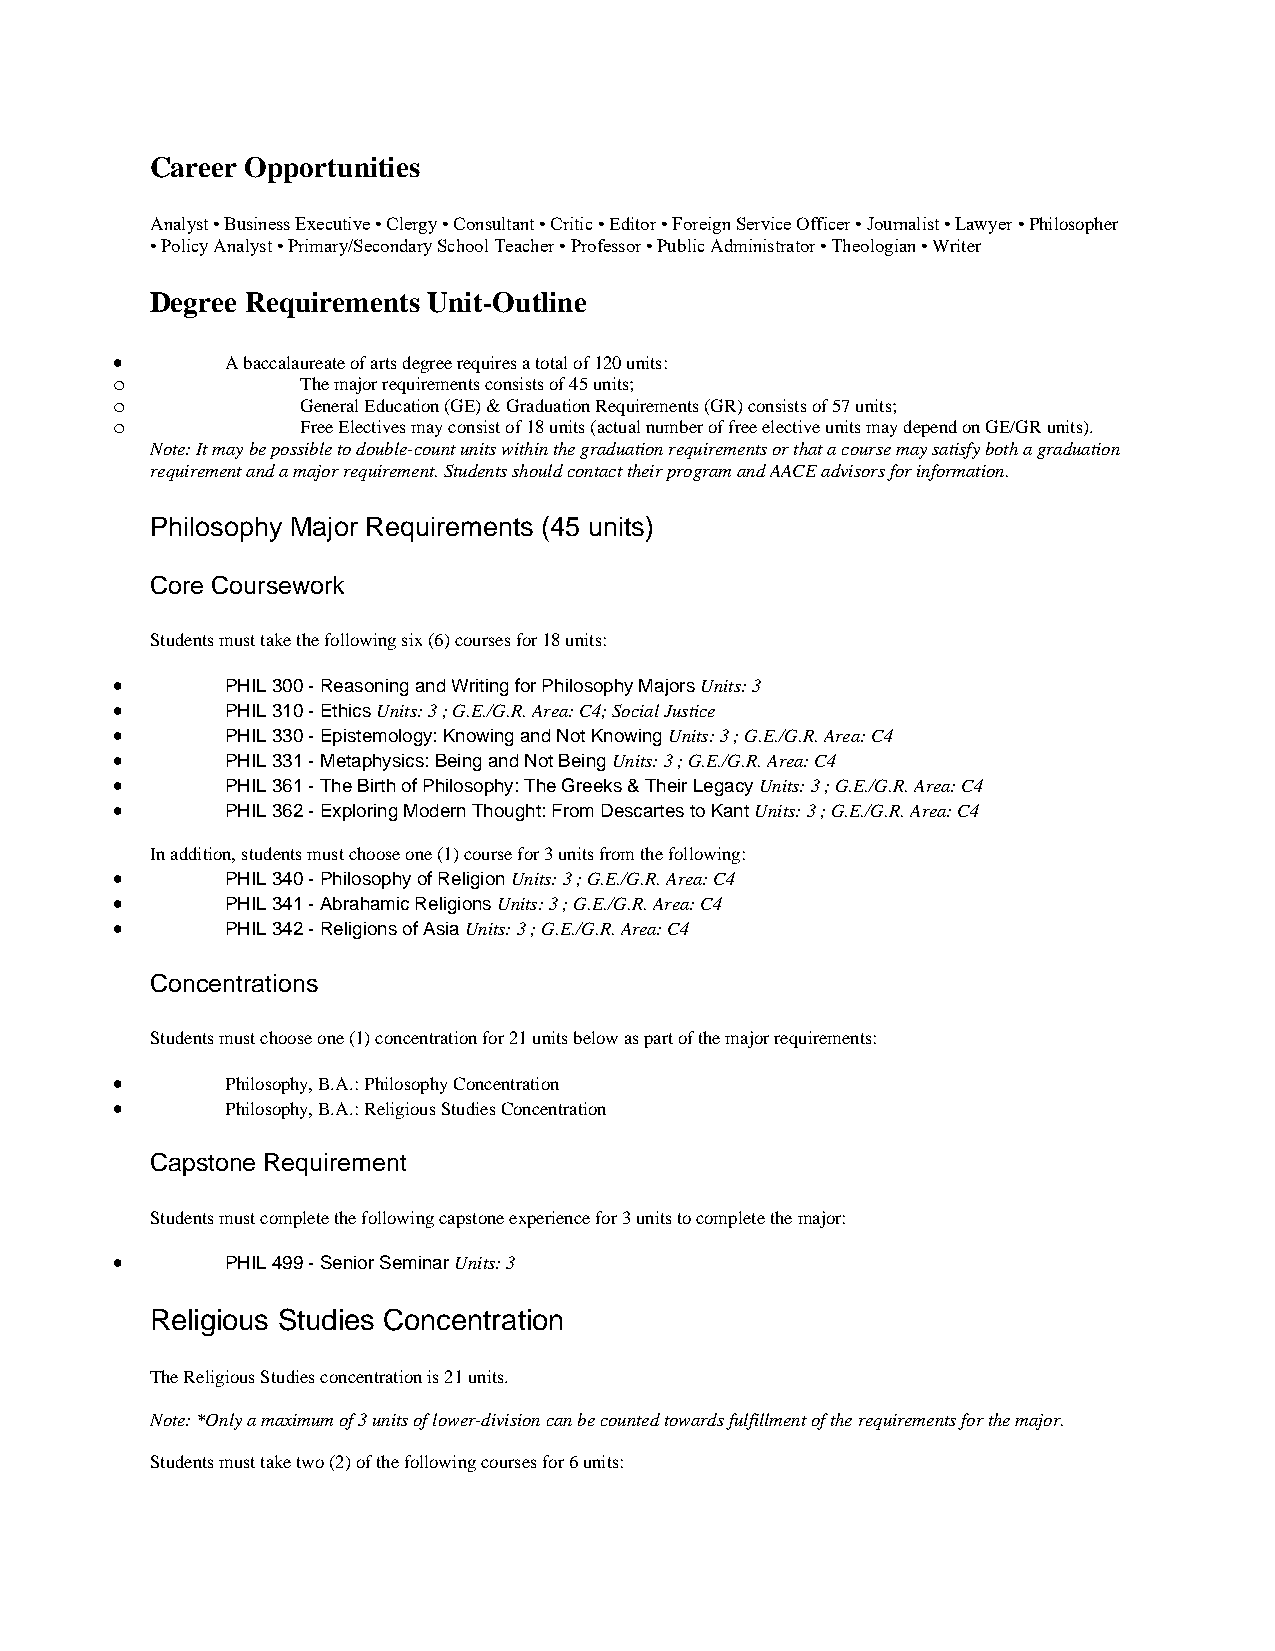
Career Opportunities
 Analyst • Business Executive • Clergy • Consultant • Critic • Editor • Foreign Service Officer • Journalist • Lawyer • Philosopher
 • Policy Analyst • Primary/Secondary School Teacher • Professor • Public Administrator • Theologian • Writer
 Degree Requirements Unit-Outline
 •       A baccalaureate of arts degree requires a total of 120 units:
 o            The major requirements consists of 45 units;
 o            General Education (GE) & Graduation Requirements (GR) consists of 57 units;
 o            Free Electives may consist of 18 units (actual number of free elective units may depend on GE/GR units).
 Note: It may be possible to double-count units within the graduation requirements or that a course may satisfy both a graduation
 requirement and a major requirement. Students should contact their program and AACE advisors for information.
 Philosophy Major Requirements (45 units)
 Core Coursework
 Students must take the following six (6) courses for 18 units:
 •       PHIL 300 - Reasoning and Writing for Philosophy Majors Units: 3
 •       PHIL 310 - Ethics Units: 3 ; G.E./G.R. Area: C4; Social Justice
 •       PHIL 330 - Epistemology: Knowing and Not Knowing Units: 3 ; G.E./G.R. Area: C4
 •       PHIL 331 - Metaphysics: Being and Not Being Units: 3 ; G.E./G.R. Area: C4
 •       PHIL 361 - The Birth of Philosophy: The Greeks & Their Legacy Units: 3 ; G.E./G.R. Area: C4
 •       PHIL 362 - Exploring Modern Thought: From Descartes to Kant Units: 3 ; G.E./G.R. Area: C4
 In addition, students must choose one (1) course for 3 units from the following:
 •       PHIL 340 - Philosophy of Religion Units: 3 ; G.E./G.R. Area: C4
 •       PHIL 341 - Abrahamic Religions Units: 3 ; G.E./G.R. Area: C4
 •       PHIL 342 - Religions of Asia Units: 3 ; G.E./G.R. Area: C4
 Concentrations
 Students must choose one (1) concentration for 21 units below as part of the major requirements:
 •       Philosophy, B.A.: Philosophy Concentration
 •       Philosophy, B.A.: Religious Studies Concentration
 Capstone Requirement
 Students must complete the following capstone experience for 3 units to complete the major:
 •       PHIL 499 - Senior Seminar Units: 3
 Religious Studies Concentration
 The Religious Studies concentration is 21 units.
 Note: *Only a maximum of 3 units of lower-division can be counted towards fulfillment of the requirements for the major.
 Students must take two (2) of the following courses for 6 units: